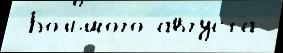
 Большо́го а́вгуста